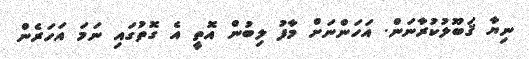
ނިޔާ ޤަބޫލުކުރާނަން. އަހަންނަށް މާފު ލިބުން އޮތީ އެ ގޮތުގައި ނަމަ އަހަރެން